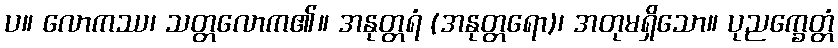
ပ။ လောကဿ၊ သတ္တလောက၏။ အနုတ္တရံ (အနုတ္တရော)၊ အတုမရှိသော။ ပုညက္ခေတ္တံ